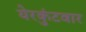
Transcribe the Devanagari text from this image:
येरकुंटवार